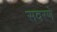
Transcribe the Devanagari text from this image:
सवरणे